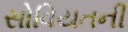
સોવિયતની